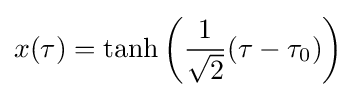
x(\tau )=\tanh \left({1 \over {\sqrt {2}}}(\tau -\tau _{0})\right)